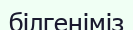
білгеніміз